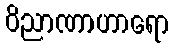
ဝိညာဏာဟာရော